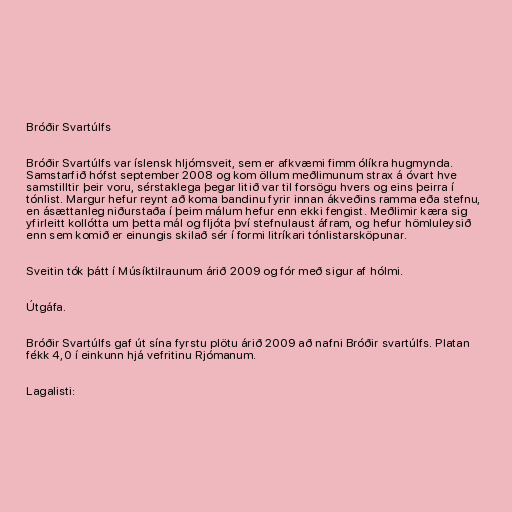
Bróðir Svartúlfs

Bróðir Svartúlfs var íslensk hljómsveit, sem er afkvæmi fimm ólíkra hugmynda.
Samstarfið hófst september 2008 og kom öllum meðlimunum strax á óvart hve
samstilltir þeir voru, sérstaklega þegar litið var til forsögu hvers og eins þeirra í
tónlist. Margur hefur reynt að koma bandinu fyrir innan ákveðins ramma eða stefnu,
en ásættanleg niðurstaða í þeim málum hefur enn ekki fengist. Meðlimir kæra sig
yfirleitt kollótta um þetta mál og fljóta því stefnulaust áfram, og hefur hömluleysið
enn sem komið er einungis skilað sér í formi litríkari tónlistarsköpunar.

Sveitin tók þátt í Músíktilraunum árið 2009 og fór með sigur af hólmi.

Útgáfa.

Bróðir Svartúlfs gaf út sína fyrstu plötu árið 2009 að nafni Bróðir svartúlfs. Platan
fékk 4,0 í einkunn hjá vefritinu Rjómanum.

Lagalisti: